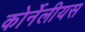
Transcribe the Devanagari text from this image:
कोर्नेलीयस